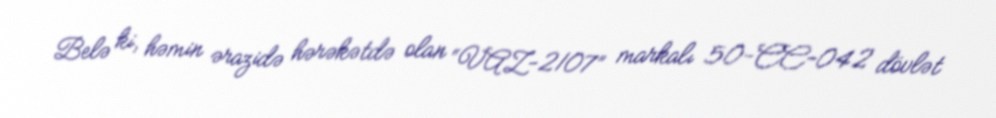
Belə ki, həmin ərazidə hərəkətdə olan “VAZ-2107” markalı 50-CC-042 dövlət